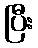
ပြီး